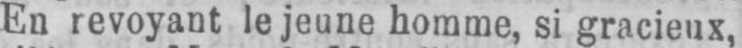
En revoyant le jeune homme, si gracieux,